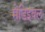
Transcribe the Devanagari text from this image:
मेडिइवल